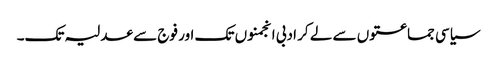
سیاسی جماعتوں سے لے کر ادبی انجمنوں تک اور فوج سے عدلیہ تک۔